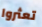
تعثروا